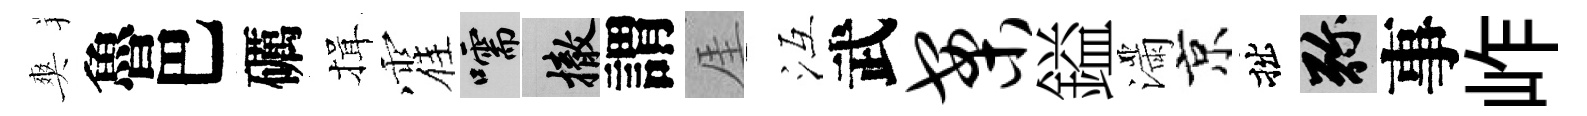
爽魯巴礪揖霍嚅撤謂厓冱武案鎰滿京拙弥事岞